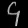
Digit: ၄